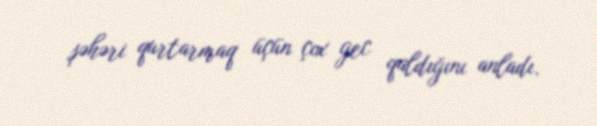
şəhəri qurtarmaq üçün çox gec qaldığını anladı.